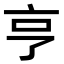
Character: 亨